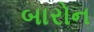
બારોન